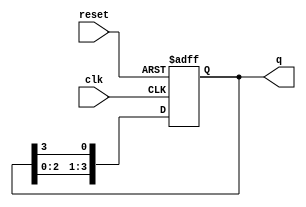
module ring_counter (
    input wire clk,          // Clock input
    input wire reset,        // Reset signal
    output reg [3:0] q       // 4-bit output
);

    // Initial state of the Ring Counter (1000)
    initial begin
        q = 4'b1000; // Initialize to 1000
    end

    // Always block to update the counter on the clock edge
    always @(posedge clk or posedge reset) begin
        if (reset) begin
            q <= 4'b1000; // Reset to initial state
        end else begin
            // Shift the bits circularly
            q <= {q[2:0], q[3]}; // Shift left and wrap around
        end
    end

endmodule